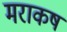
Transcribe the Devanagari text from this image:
मराकष